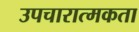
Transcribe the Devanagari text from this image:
उपचारात्मकता